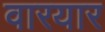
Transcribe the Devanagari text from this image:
वारयार